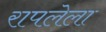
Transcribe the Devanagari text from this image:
रापलेला